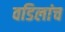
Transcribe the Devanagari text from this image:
वडिलांच